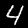
Label: 4